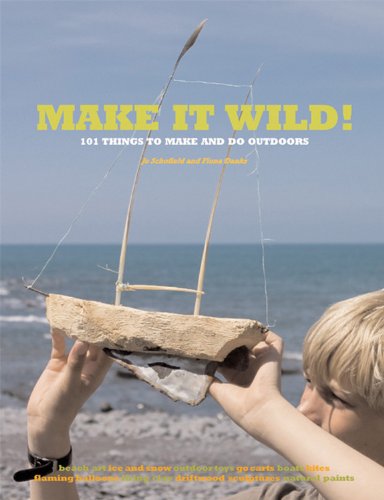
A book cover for Make it Wild!: 101 Things to Make and Do Outdoors; Fiona Danks; Crafts, Hobbies & Home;